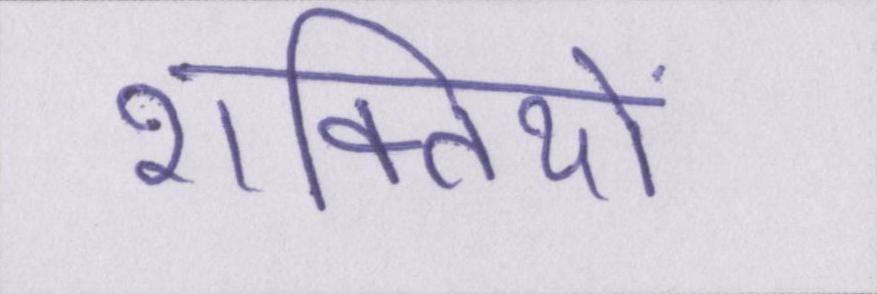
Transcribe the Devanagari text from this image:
शक्तियों